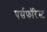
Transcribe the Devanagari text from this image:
पर्सफॉरेस्ट